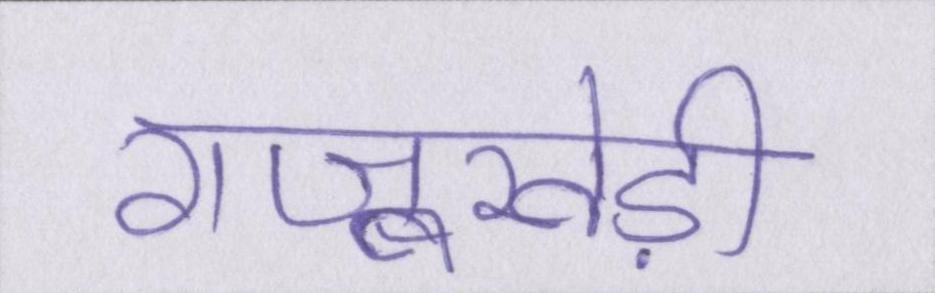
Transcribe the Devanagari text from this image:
राजूखेड़ी